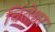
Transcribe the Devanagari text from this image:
चिंतेश्वर